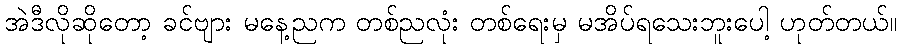
အဲဒီလိုဆိုတော့ ခင်ဗျား မနေ့ညက တစ်ညလုံး တစ်ရေးမှ မအိပ်ရသေးဘူးပေါ့ ဟုတ်တယ်။